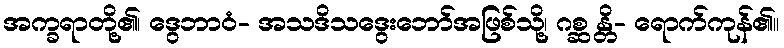
အက္ခရာတို့၏၊ ဒွေဘာဝံ- အသဒိသဒွေးဘော်အဖြစ်သို့၊ ဂစ္ဆ န္တိ- ရောက်ကုန်၏။